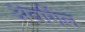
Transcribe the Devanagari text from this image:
अबर्गिल